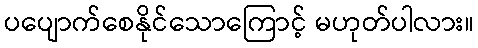
ပပျောက်စေနိုင်သောကြောင့် မဟုတ်ပါလား။